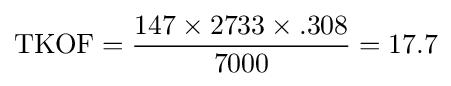
\mathrm {TKOF} ={\frac {147\times 2733\times .308}{7000}}=\mathrm {17.7}